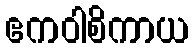
ဧကဝါစိကာယ